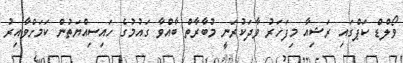
ވޯލްޑް ކަޕްގައި ރަޝިއާ މިފަހަރު ވާދަކުރަނީ މުބާރާތް ބާއްވާ ގައުމުގެ ހައިސިއްޔަތުން ކަމަށްވާއިރު